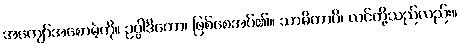
အကျော်အစောမဲ့ကို။ ဥပ္ပါဒိတော၊ ဖြစ်စေအပ်၏။ သာမိကာပိ၊ လင်တို့သည်လည်း။